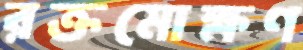
রক্তমোক্ষণ